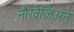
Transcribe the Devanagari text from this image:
नौरवेजिअन